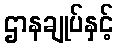
ဌာနချုပ်နှင့်